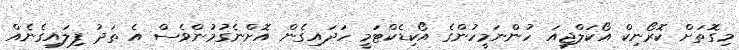
މިގޮތަށް ކޮރޯނިކް އޯކަލްޖީއަ ހުންނަމީހުންގެ އޯކިޑެކްޓަމީ ހަދައިގެން އޮށްނެގުމުންވެސް އެ ތަދު ފިލައިގެނެއް